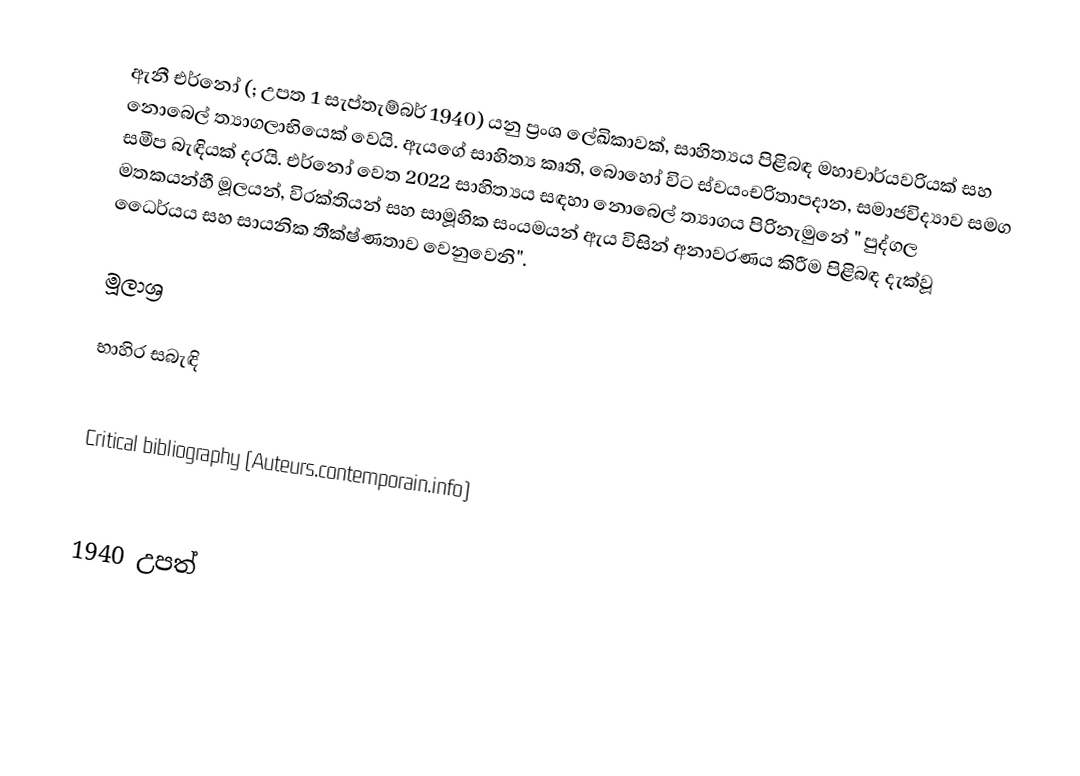
ඇනී එර්නෝ (; උපත 1 සැප්තැම්බර් 1940) යනු ප්‍රංශ ලේඛිකාවක්, සාහිත්‍යය පිළිබඳ මහාචාර්යවරියක් සහ නොබෙල් ත්‍යාගලාභියෙක් වෙයි. ඇයගේ සාහිත්‍ය කෘති, බොහෝ විට ස්වයංචරිතාපදාන, සමාජවිද්‍යාව සමග සමීප බැඳියක් දරයි. එර්නෝ වෙත 2022 සාහිත්‍යය සඳහා නොබෙල් ත්‍යාගය පිරිනැමුනේ  " පුද්ගල මතකයන්හී මූලයන්, විරක්තියන් සහ සාමූහික සංයමයන් ඇය විසින් අනාවරණය කිරීම පිළිබඳ දැක්වූ ධෛර්යය සහ සායනික තීක්ෂ්ණතාව වෙනුවෙනි".

මූලාශ්‍ර

භාහිර සබැඳි

 Critical bibliography (Auteurs.contemporain.info)

1940 උපත්